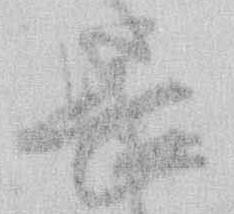
畏